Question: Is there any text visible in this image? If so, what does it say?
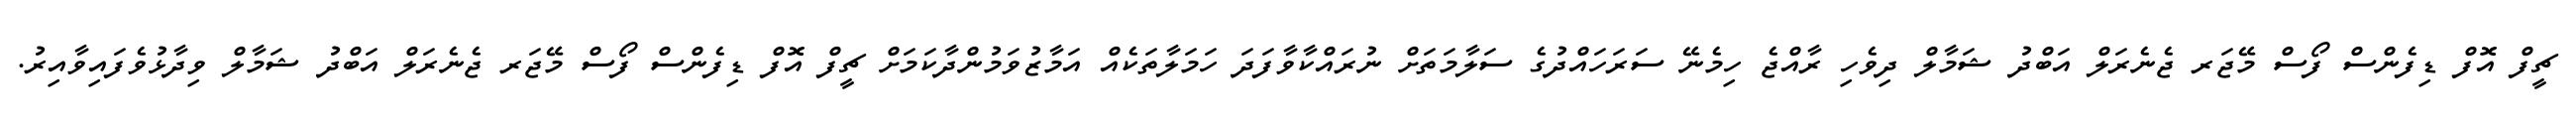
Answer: ޗީފް އޮފް ޑިފެންސް ފޯސް މޭޖަރ ޖެނެރަލް އަބްދު ޝަމާލް ދިވެހި ރާއްޖެ ހިމެނޭ ސަރަހައްދުގެ ސަލާމަތަށް ނުރައްކާވާފަދަ ހަމަލާތަކެއް އަމާޒުވަމުންދާކަމަށް ޗީފް އޮފް ޑިފެންސް ފޯސް މޭޖަރ ޖެނެރަލް އަބްދު ޝަމާލް ވިދާޅުވެފައިވާއިރު.